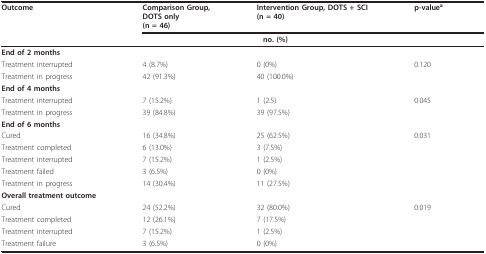
| Outcome | Comparison Group,DOTS only(n = 46) | Intervention Group, DOTS + SCI(n = 40) | p-valuea |
 |  | <COLSPAN=2> no. (%) |  |
 | --- | --- | --- | --- |
 | End of 2 months |  |  |  |
 | Treatment interrupted | 4 (8.7%) | 0 (0%) | 0.120 |
 | Treatment in progress | 42 (91.3%) | 40 (100.0%) |  |
 | End of 4 months |  |  |  |
 | Treatment interrupted | 7 (15.2%) | 1 (2.5) | 0.045 |
 | Treatment in progress | 39 (84.8%) | 39 (97.5%) |  |
 | End of 6 months |  |  |  |
 | Cured | 16 (34.8%) | 25 (62.5%) | 0.031 |
 | Treatment completed | 6 (13.0%) | 3 (7.5%) |  |
 | Treatment interrupted | 7 (15.2%) | 1 (2.5%) |  |
 | Treatment failed | 3 (6.5%) | 0 (0%) |  |
 | Treatment in progress | 14 (30.4%) | 11 (27.5%) |  |
 | Overall treatment outcome |  |  |  |
 | Cured | 24 (52.2%) | 32 (80.0%) | 0.019 |
 | Treatment completed | 12 (26.1%) | 7 (17.5%) |  |
 | Treatment interrupted | 7 (15.2%) | 1 (2.5%) |  |
 | Treatment failure | 3 (6.5%) | 0 (0%) |  |